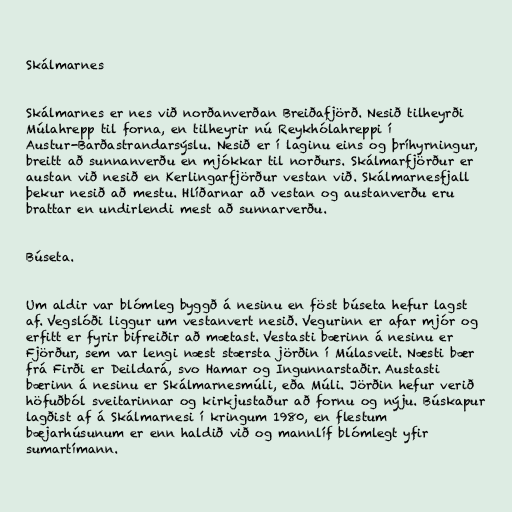
Skálmarnes

Skálmarnes er nes við norðanverðan Breiðafjörð. Nesið tilheyrði
Múlahrepp til forna, en tilheyrir nú Reykhólahreppi í
Austur-Barðastrandarsýslu. Nesið er í laginu eins og þríhyrningur,
breitt að sunnanverðu en mjókkar til norðurs. Skálmarfjörður er
austan við nesið en Kerlingarfjörður vestan við. Skálmarnesfjall
þekur nesið að mestu. Hlíðarnar að vestan og austanverðu eru
brattar en undirlendi mest að sunnarverðu.

Búseta.

Um aldir var blómleg byggð á nesinu en föst búseta hefur lagst
af. Vegslóði liggur um vestanvert nesið. Vegurinn er afar mjór og
erfitt er fyrir bifreiðir að mætast. Vestasti bærinn á nesinu er
Fjörður, sem var lengi næst stærsta jörðin í Múlasveit. Næsti bær
frá Firði er Deildará, svo Hamar og Ingunnarstaðir. Austasti
bærinn á nesinu er Skálmarnesmúli, eða Múli. Jörðin hefur verið
höfuðból sveitarinnar og kirkjustaður að fornu og nýju. Búskapur
lagðist af á Skálmarnesi í kringum 1980, en flestum
bæjarhúsunum er enn haldið við og mannlíf blómlegt yfir
sumartímann.